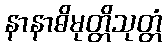
နာနာဓိမုတ္တိသုတ္တံ